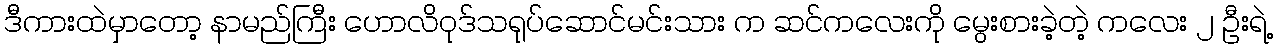
ဒီကားထဲမှာတော့ နာမည်ကြီး ဟောလိဝုဒ်သရုပ်ဆောင်မင်းသား က ဆင်ကလေးကို မွေးစားခဲ့တဲ့ ကလေး ၂ ဦးရဲ့